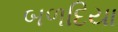
બળદિયા